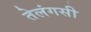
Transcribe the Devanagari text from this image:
तेलंगसी